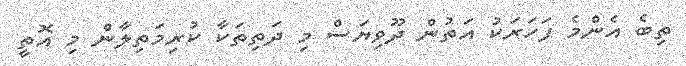
ތިބެ އެންމެ ފަހަރަކު އަތުން ދޫވިޔަސް މި ދަތިތަކާ ކުރިމަތިލާން މި އޮތީ